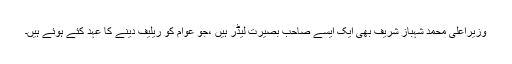
وزیراعلیٰ محمد شہباز شریف بھی ایک ایسے صاحب ِبصیرت لیڈر ہیں ،جو عوام کو ریلیف دینے کا عہد کئے ہوئے ہیں۔